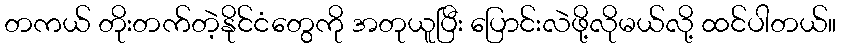
တကယ် တိုးတက်တဲ့နိုင်ငံတွေကို အတုယူပြီး ပြောင်းလဲဖို့လိုမယ်လို့ ထင်ပါတယ်။